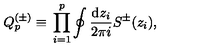
Q _ { p } ^ { ( \pm ) } { } \equiv { } \prod _ { i = 1 } ^ { p } \oint { \frac { \mathrm { d } z _ { i } } { 2 \pi i } } { } { S ^ { \pm } } ( z _ { i } ) { } ,